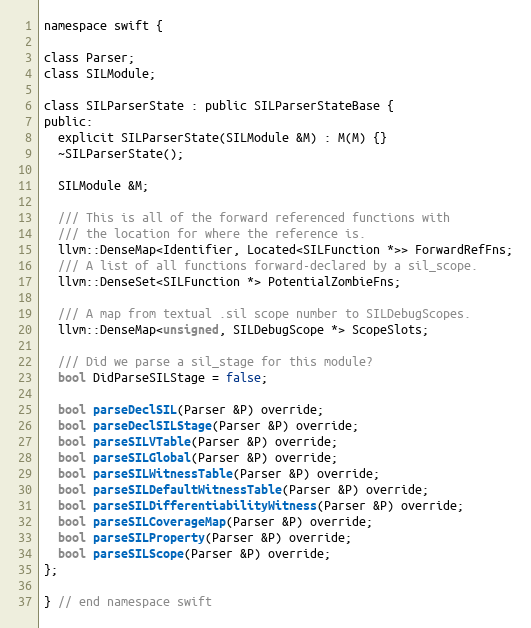
Language: C
namespace swift {

class Parser;
class SILModule;

class SILParserState : public SILParserStateBase {
public:
  explicit SILParserState(SILModule &M) : M(M) {}
  ~SILParserState();

  SILModule &M;

  /// This is all of the forward referenced functions with
  /// the location for where the reference is.
  llvm::DenseMap<Identifier, Located<SILFunction *>> ForwardRefFns;
  /// A list of all functions forward-declared by a sil_scope.
  llvm::DenseSet<SILFunction *> PotentialZombieFns;

  /// A map from textual .sil scope number to SILDebugScopes.
  llvm::DenseMap<unsigned, SILDebugScope *> ScopeSlots;

  /// Did we parse a sil_stage for this module?
  bool DidParseSILStage = false;

  bool parseDeclSIL(Parser &P) override;
  bool parseDeclSILStage(Parser &P) override;
  bool parseSILVTable(Parser &P) override;
  bool parseSILGlobal(Parser &P) override;
  bool parseSILWitnessTable(Parser &P) override;
  bool parseSILDefaultWitnessTable(Parser &P) override;
  bool parseSILDifferentiabilityWitness(Parser &P) override;
  bool parseSILCoverageMap(Parser &P) override;
  bool parseSILProperty(Parser &P) override;
  bool parseSILScope(Parser &P) override;
};

} // end namespace swift